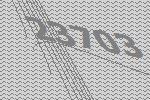
23703